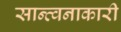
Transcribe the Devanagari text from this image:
सान्त्वनाकारी